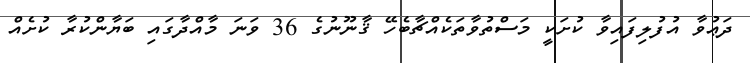
ދަޢުވާ އުފުލިފައިވާ ކުށަކީ މަސްތުވާތަކެއްޗާބެހޭ ޤާނޫނުގެ 36 ވަނަ މާއްދާގައި ބަޔާންކުރާ ކުށެއް